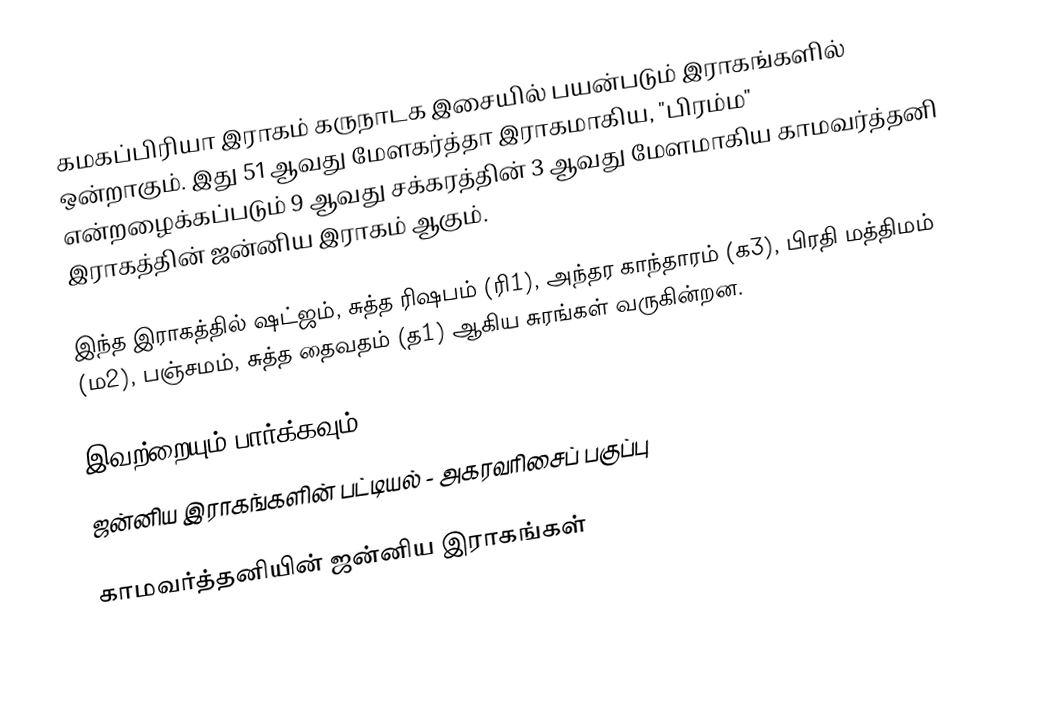
கமகப்பிரியா இராகம் கருநாடக இசையில் பயன்படும் இராகங்களில் ஒன்றாகும். இது 51 ஆவது மேளகர்த்தா இராகமாகிய, "பிரம்ம" என்றழைக்கப்படும் 9 ஆவது சக்கரத்தின் 3 ஆவது மேளமாகிய காமவர்த்தனி இராகத்தின் ஜன்னிய இராகம் ஆகும்.

இந்த இராகத்தில் ஷட்ஜம், சுத்த ரிஷபம் (ரி1),  அந்தர காந்தாரம் (க3), பிரதி மத்திமம் (ம2), பஞ்சமம்,  சுத்த தைவதம் (த1) ஆகிய சுரங்கள் வருகின்றன.

இவற்றையும் பார்க்கவும்
 ஜன்னிய இராகங்களின் பட்டியல் - அகரவரிசைப் பகுப்பு

காமவர்த்தனியின் ஜன்னிய இராகங்கள்